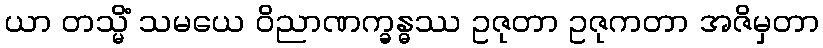
ယာ တသ္မိံ သမယေ ဝိညာဏက္ခန္ဓဿ ဥဇုတာ ဥဇုကတာ အဇိမှတာ